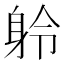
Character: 䠲